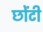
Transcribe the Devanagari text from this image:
छोंटी